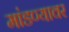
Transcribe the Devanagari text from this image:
मांडण्यावर